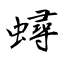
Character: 蟳